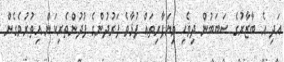
އަދި އެ ބާޒާރުގެ ސަބަބުން ދިވެހި ވިޔަފާރިތައް ފުޅާވެ ފަރުދުންގެ ފުދުންތެރިކަން އިތުރުވެގެން